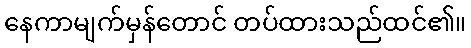
နေကာမျက်မှန်တောင် တပ်ထားသည်ထင်၏။